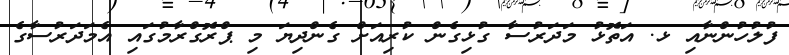
ފުލުހުންނާއި ޅ. އަތޮޅު މަދަރުސާ ގުޅިގެން ކުރިއަށް ގެންދިޔަ މި ޕްރޮގްރާމުގައި އެމަދަރުސާގެ